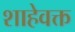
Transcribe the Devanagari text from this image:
शाहेवक्त